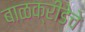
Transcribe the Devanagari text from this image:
बाळक्रीडेचे